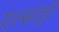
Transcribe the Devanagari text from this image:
एल्‍सांड्रो